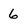
Character: 6